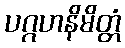
ပဂ္ဂဟနိမိတ္တံ